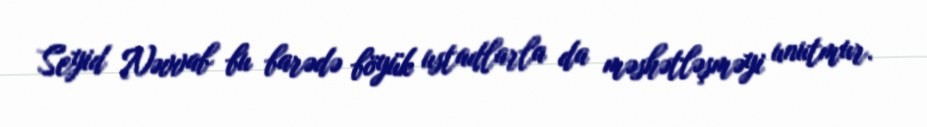
Seyid Nəvvab bu barədə böyük ustadlarla da məshətləşməyi unutmur.